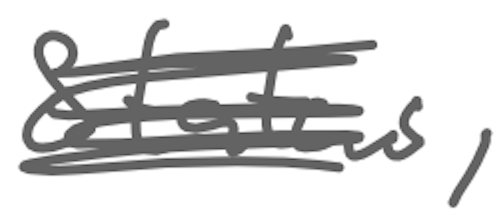
Text: Status,
Cross-out: scratch
Writing tool: digital_gray